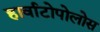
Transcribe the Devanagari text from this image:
हार्वाटोपोलोस